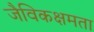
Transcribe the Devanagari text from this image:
जैविकक्षमता